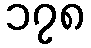
၁၇၈